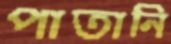
পাতানি